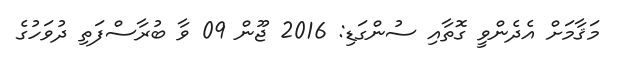
މަޤާމަށް އެދެންވީ ގޮތާއި ސުންގަޑި: 2016 ޖޫން 09 ވާ ބުރާސްފަތި ދުވަހުގެ